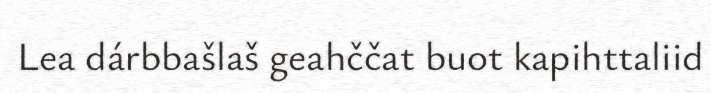
Lea dárbbašlaš geahččat buot kapihttaliid